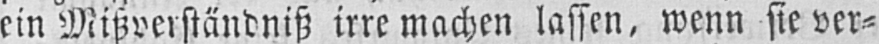
ein Mißverständniß irre machen lassen, wenn sie ver⸗